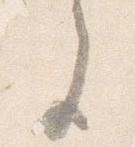
色